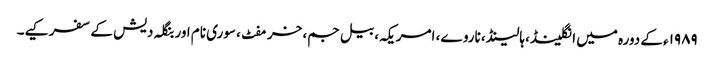
۱۹۸۹ء کے دورہ میں انگلینڈ، ہالینڈ، ناروے، امریکہ، بیل جم، خرمفٹ، سوری نام اور بنگلہ دیش کے سفر کیے۔